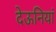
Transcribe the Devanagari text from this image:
देऊनियां